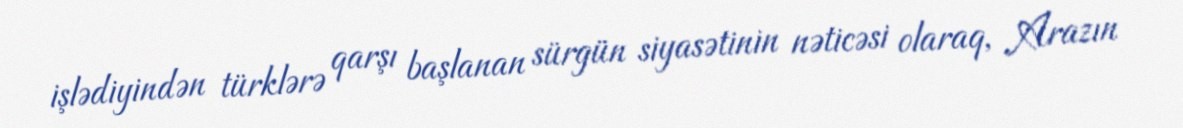
işlədiyindən türklərə qarşı başlanan sürgün siyasətinin nəticəsi olaraq, Arazın